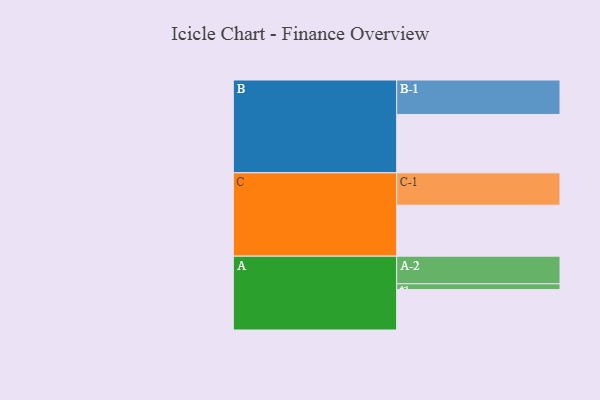
{"axis": {"x": "Segment", "y": "Value"}, "legend": ["", "A", "B", "C"], "data": [{"x": "A", "y": 348, "type": ""}, {"x": "B", "y": 503, "type": ""}, {"x": "C", "y": 439, "type": ""}, {"x": "A-1", "y": 50, "type": "A"}, {"x": "A-2", "y": 238, "type": "A"}, {"x": "B-1", "y": 297, "type": "B"}, {"x": "C-1", "y": 279, "type": "C"}]}